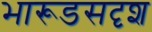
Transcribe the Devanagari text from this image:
भारूडसदृश